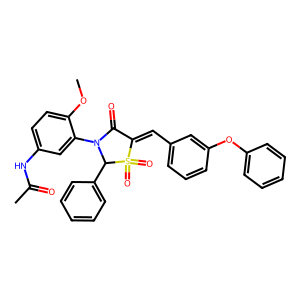
SMILES: COc1ccc(NC(C)=O)cc1N1C(=O)C(=Cc2cccc(Oc3ccccc3)c2)S(=O)(=O)C1c1ccccc1
Inhibits HIV replication: No